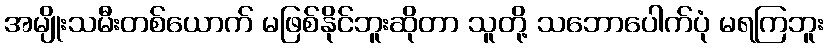
အမျိုးသမီးတစ်ယောက် မဖြစ်နိုင်ဘူးဆိုတာ သူတို့ သဘောပေါက်ပုံ မရကြဘူး